Tezpur Lunatic Asylum reports 1877-1894 - 1877-1894
Year: 1877
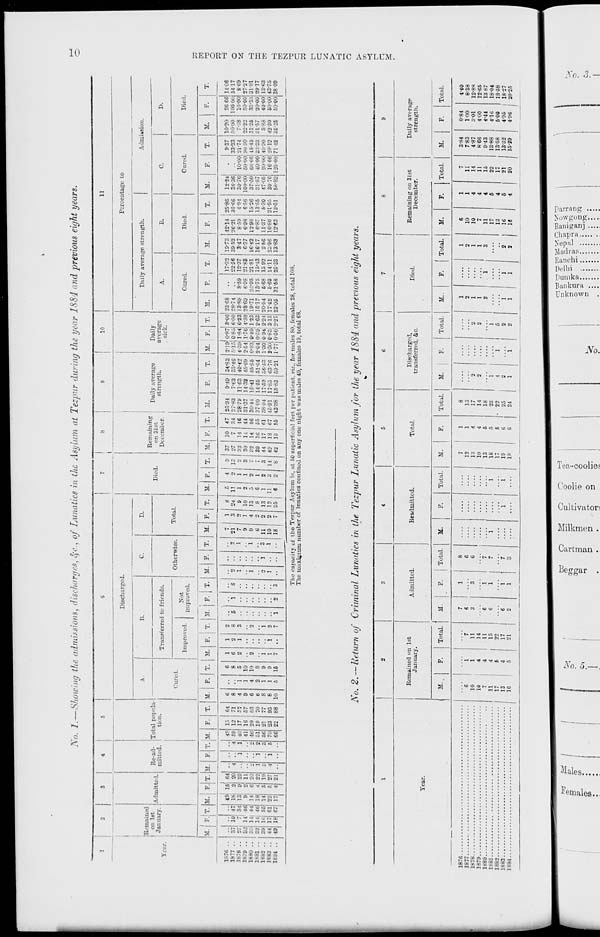
No. 1.—Showing the admissions, discliorges, §e., of Lunatics in the Asylum at Tezpur during the year 1884 and previous eight years.
R-.-niained
W.-ir.
j on 1st
I January. Admitte 1.
10
11
Re-ad-
mitted.
Total popula-
tion.
Discharged.
A.
Cored.
Transferred to friends.
Improved.
C.
Not
improved, i
Otherwise.
D.
Total.
Died.
Remaining
on 31st
December.
Daily average
strength.
Daily
average
. sick.
Percentage io
Daily average strength.
Admusion.
D.
Cured.
Died.
Cured.
Died.
M. F. T. M. F. T U
F. T. M
T. U
P.
M. F. j T. M. F. T. M. F. T. M. F.
M.
M.
M.
F.
T.
M. ! F.
M.
F. ! T.
M.
T.
M.
F.
M.
F.
a
a
O
a
o
53
H
M
N
a
c
a
a
>
O
JO-
CK
n
1876
1877
1878
1879
1880
1881
1882
1883
18S4
1876.
1877.
1878.
1879.
1880.
1881.,
1882..
1883..
1884..
10 4
7\ 34
14 46
141 44
14! 4C
15 64
2 20
7 | 1
8
4
9 37 10
21
3 24 11
2 13 27
7
7
2
9
1
1
2 ;<2 11
9
1 10
2
1
3 30 14
9
4 13
5
2
7 i'2 14
6
2
8
6
1
7 39 16
11
2 13
1
2
3 44 17
10
2 12 1 11
3 14 49 18
18 I i 25 | 6 2 8 42 13
26-84
I 27-83
2879
31-37
30-44
3709
38-94
45-91
43-38
949
7-63
11-63
14-32
15-41
1455
1759
17-85
1583
34-83
3.V4C
40-42
45-69
45-85
51-04
59-21
2-19'0-87 3-06
5-1S 10-85 600
4-39 1-84 6-23
2-54 1-76 4-30
0-83 0-40 1-23
2-04 0-59 2-63
1-30 094 2-24
J-30 C-83 313
1-77 0-50 2-27
23-68
28-74
13-89
28-69
19-71
16-17
20-54
17-42
23-05
17-I12
2256
12-37
2188
21-81
15-43
15 92
14-11
25-33
42-14
2621
859
6-98
1298
6-87
11-37
16-80
12-63
12-24
36-36
30-76
100-00
37-50
31-57
47-05
3076
58-82
10-00
80-00
66-66
4000
20-00
1666
12500
9-37
33-33
21-74
90 90
45-45
t 90
2812
71 12
10-20
5000
22-22
3125
31-57
5-88
42 30
3525
26 66
100-00
10-00
50-00
33-33
20-00
40-00
50-00
5000
11-06
54 17
869
2727
3181
2917
1363
43-75
38 09
The capacity of the Tezpur Asylum is, at 50 superficial feet per patient, viz., for males 80, females 28, total 108.
The maximum number of lunatics confined on any one night was males 49, females 19, total 68,
No. 2. — Return of Criminal Lunatics in the Tezpur Lunatic Asylum for the year 1884 and previous eight years.
Year.
Remained on 1st
January.
Admitted.
Readmitted.
Total.
Discharged,
transferred, &c.
Died.
Remaining on 31st
December.
M.
F.
Total.
Daily average
strength.
M.
F.
Total.
M.
Total.
M.
Total.
M.
F.
1 Total.
1
M..
F.
Total.
M.
F.
Total.
ar.
F.
Total.
6
10
10
7
11
17
13
16
1
7
1
11
4
14
4
11
4
|
15
6
22
4
17
5
21
7
6
3
6
6
6
2
1
8
7
1
8
6
13
1
13
3
6
13
4
17
10
4
14
1
7
13
6
18
1
7
i
l
18
17
i
5
5
23
• 22
1
7
i
1
19
6
25
|
1
3
....
18
6
24
1
1
2
2
1
4
2
1
1
2
2
1
2
1
2
1
i
5
2
1
1
2
1
1
6
10
10
7
11
17
13
16
16
1
1
4
4
4
6
4
5
•1
i
11
14
11
15
22
17
21
20
3-84
783
4-87
8 66
943
13-88
1358
1332
15-29
0-84
100
;t-oi
4-00
4-44
4-16
500
4-95 I
4-96
440
8-38
12-8S
12-65
13 87
18-04
18-58
1827
20-25
**1
P
£ I
I
a>
Ox
CD
or=3
arq
p
p
S ° °
CO
CD
O
o
Si.
3
CD
c-i w >r? a w )=z v, d sa y. a
—• ^* Z— ^*- lL- ""' *~ '~ T* 'TO S3
B> » '
3 = 'jq
•35 .
';*.
V-\»